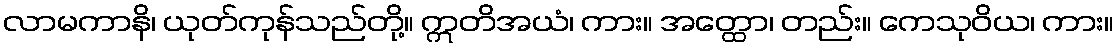
လာမကာနိ၊ ယုတ်ကုန်သည်တို့။ ဣတိအယံ၊ ကား။ အတ္ထော၊ တည်း။ ကေသုဝိယ၊ ကား။